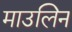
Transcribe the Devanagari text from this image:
माउलिन